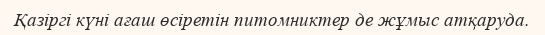
Қазіргі күні ағаш өсіретін питомниктер де жұмыс атқаруда.